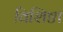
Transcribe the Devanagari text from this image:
विशिष्टा